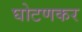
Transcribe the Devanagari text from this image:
घोटणकर